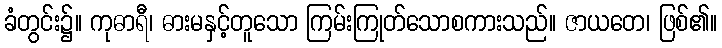
ခံတွင်း၌။ ကုဓာရီ၊ ဓားမနှင့်တူသော ကြမ်းကြုတ်သောစကားသည်။ ဇာယတေ၊ ဖြစ်၏။